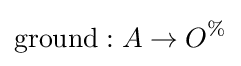
\mathrm {ground} :A\rightarrow O^{\%}